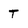
Character: t